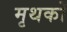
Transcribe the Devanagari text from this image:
मृथकों